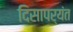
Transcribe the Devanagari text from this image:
दिसापर्यंत